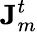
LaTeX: \mathbf{J}_{m}^{t}